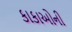
કાકાઓની